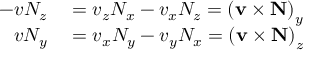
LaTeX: \begin{array} { r l } { - v N _ { z } } & { { } = v _ { z } N _ { x } - v _ { x } N _ { z } = \left( \mathbf { v } \times \mathbf { N } \right) _ { y } } \\ { v N _ { y } } & { { } = v _ { x } N _ { y } - v _ { y } N _ { x } = \left( \mathbf { v } \times \mathbf { N } \right) _ { z } } \end{array}